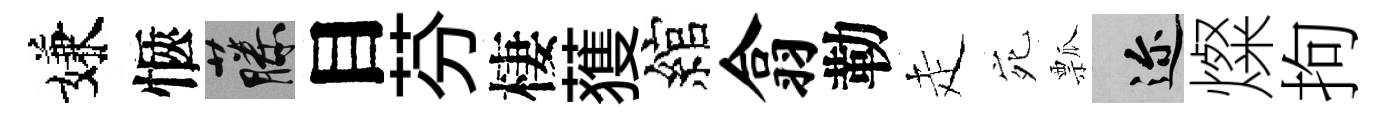
嫌愜藤目芬棲𫉬綰翕勒走宛瓢邇燦拘